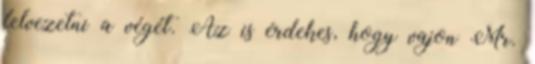
felvezetni a végét. Az is érdekes, hogy vajon Mr.